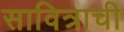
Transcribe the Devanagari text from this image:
सावित्राची